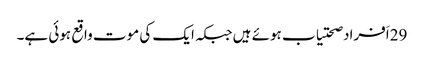
29اَفراد صحتیاب ہوئے ہیں جبکہ ایک کی موت واقع ہوئی ہے۔